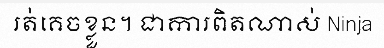
រត់គេចខ្លួន។ ជាការពិតណាស់ Ninja